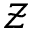
\mathcal { Z }